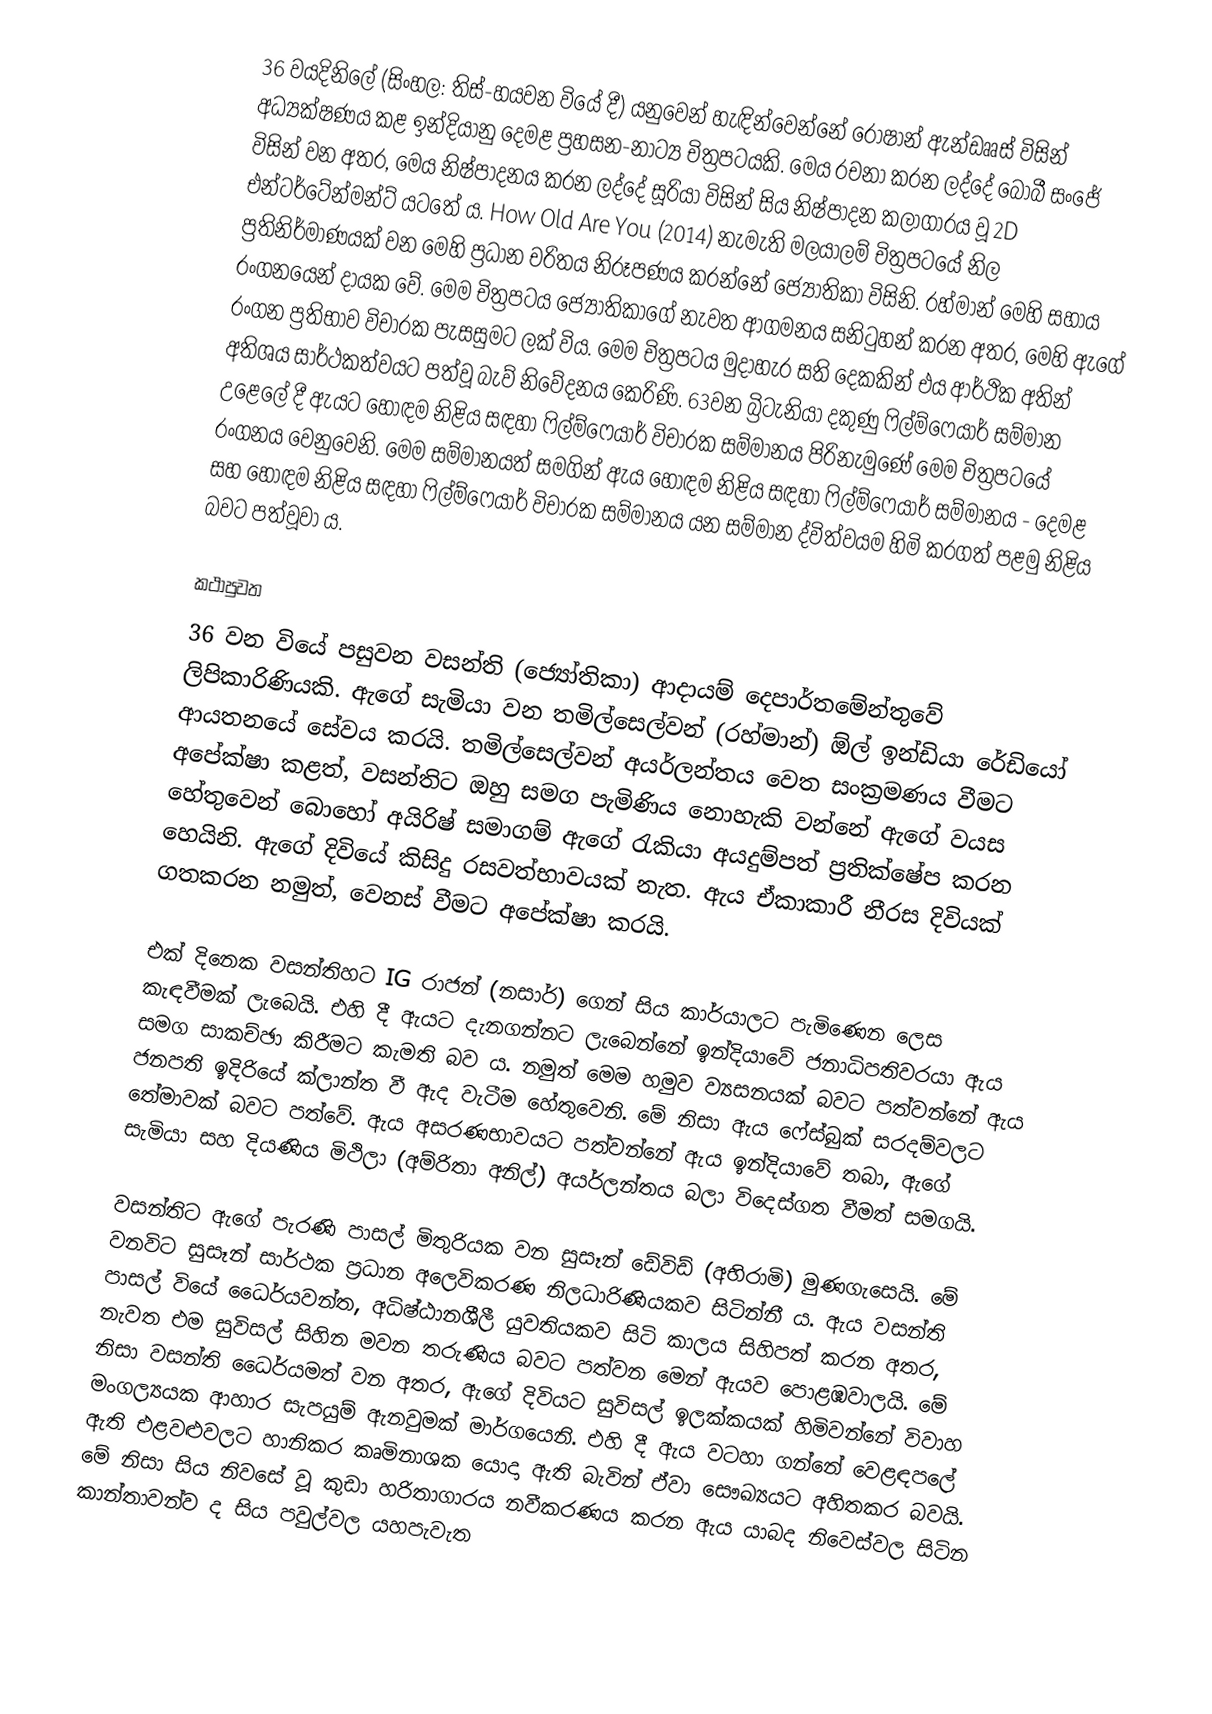
36 වයදිනිලේ (සිංහල: තිස්-හයවන වියේ දී) යනුවෙන් හැඳින්වෙන්නේ රොෂාන් ඇන්ඩෲස් විසින් අධ්‍යක්ෂණය කළ ඉන්දියානු දෙමළ ප්‍රහසන-නාට්‍ය චිත්‍රපටයකි. මෙය රචනා කරන ලද්දේ බොබී සංජේ විසින් වන අතර, මෙය නිෂ්පාදනය කරන ලද්දේ සූරියා විසින් සිය නිෂ්පාදන කලාගාරය වූ 2D එන්ටර්ටේන්මන්ට් යටතේ ය. How Old Are You (2014) නැමැති මලයාලම් චිත්‍රපටයේ නිල ප්‍රතිනිර්මාණයක් වන මෙහි ප්‍රධාන චරිතය නිරූපණය කරන්නේ ජ්‍යෝතිකා විසිනි. රහ්මාන් මෙහි සහාය රංගනයෙන් දායක වේ. මෙම චිත්‍රපටය ජ්‍යෝතිකාගේ නැවත ආගමනය සනිටුහන් කරන අතර, මෙහි ඇගේ රංගන ප්‍රතිභාව විචාරක පැසසුමට ලක් විය. මෙම චිත්‍රපටය මුදාහැර සති දෙකකින් එය ආර්ථික අතින් අතිශය සාර්ථකත්වයට පත්වූ බැව් නිවේදනය කෙරිණි. 63වන බ්‍රිටැනියා දකුණු ෆිල්ම්ෆෙයාර් සම්මාන උළෙලේ දී ඇයට හොඳම නිළිය සඳහා ෆිල්ම්ෆෙයාර් විචාරක සම්මානය පිරිනැමුණේ මෙම චිත්‍රපටයේ රංගනය වෙනුවෙනි. මෙම සම්මානයත් සමගින් ඇය හොඳම නිළිය සඳහා ෆිල්ම්ෆෙයාර් සම්මානය - දෙමළ සහ හොඳම නිළිය සඳහා ෆිල්ම්ෆෙයාර් විචාරක සම්මානය යන සම්මාන ද්විත්වයම හිමි කරගත් පළමු නිළිය බවට පත්වූවා ය.

කථාපුවත
36 වන වියේ පසුවන වසන්ති (‍ජ්‍යෝතිකා) ආදායම් දෙපාර්තමේන්තුවේ ලිපිකාරිණියකි. ඇගේ සැමියා වන තමිල්සෙල්වන් (රහ්මාන්) ඕල් ඉන්ඩියා රේඩියෝ ආයතනයේ සේවය කරයි. තමිල්සෙල්වන් අයර්ලන්තය වෙත සංක්‍රමණය වීමට අපේක්ෂා කළත්, වසන්තිට ඔහු සමග පැමිණිය නොහැකි වන්නේ ඇගේ වයස හේතුවෙන් බොහෝ අයිරිෂ් සමාගම් ඇගේ රැකියා අයදුම්පත් ප්‍රතික්ෂේප කරන හෙයිනි. ඇගේ දිවියේ කිසිදු රසවත්භාවයක් නැත. ඇය ඒකාකාරී නීරස දිවියක් ගතකරන නමුත්, වෙනස් වීමට අපේක්ෂා කරයි.

එක් දිනෙක වසන්තිහට IG රාජන් (නසාර්) ගෙන් සිය කාර්යාලට පැමිණෙන ලෙස කැඳවීමක් ලැබෙයි. එහි දී ඇයට දැනගන්නට ලැබෙන්නේ ඉන්දියාවේ ජනාධිපතිවරයා ඇය සමග සාකච්ඡා කිරීමට කැමති බව ය. නමුත් මෙම හමුව ව්‍යසනයක් බවට පත්වන්නේ ඇය ජනපති ඉදිරියේ ක්ලාන්ත වී ඇද වැටීම හේතුවෙනි. මේ නිසා ඇය ෆේස්බුක් සරදම්වලට තේමාවක් බවට පත්වේ. ඇය අසරණභාවයට පත්වන්නේ ඇය ඉන්දියාවේ තබා, ඇගේ සැමියා සහ දියණිය මිථිලා (අම්රිතා අනිල්) අයර්ලන්තය බලා විදෙස්ගත වීමත් සමගයි.

වසන්තිට ඇගේ පැරණි පාසල් මිතුරියක වන සුසෑන් ඩේවිඩ් (අභිරාමි) මුණගැසෙයි. මේ වනවිට සුසෑන් සාර්ථක ප්‍රධාන අලෙවිකරණ නිලධාරිණියකව සිටින්නී ය. ඇය වසන්ති පාසල් වියේ ධෛර්යවන්ත, අධිෂ්ඨානශීලී යුවතියකව සිටි කාලය සිහිපත් කරන අතර, නැවත එම සුවිසල් සිහින මවන තරුණිය බවට පත්වන මෙන් ඇයව පොළඹවාලයි. මේ නිසා වසන්ති ධෛර්යමත් වන අතර, ඇගේ දිවියට සුවිසල් ඉලක්කයක් හිමිවන්නේ විවාහ මංගල්‍යයක ආහාර සැපයුම් ඇනවුමක් මාර්ගයෙනි. එහි දී ඇය වටහා ගන්නේ වෙළඳපලේ ඇති එළවළුවලට හානිකර කෘමිනාශක යොදා ඇති බැවින් ඒවා සෞඛ්‍යයට අහිතකර බවයි. මේ නිසා සිය නිවසේ වූ කුඩා හරිතාගාරය නවීකරණය කරන ඇය යාබද නිවෙස්වල සිටින කාන්තාවන්ව ද සිය පවුල්වල යහපැවැත